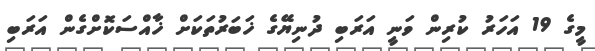
މީގެ 19 އަހަރު ކުރިން ވަނީ އަރަބި ދުނިޔޭގެ ޚަބަރުތަކަށް ޚާއްސަކޮށްގެން އަރަބި